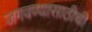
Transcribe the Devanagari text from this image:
जगवण्यासाठीची